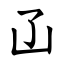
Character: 𠙶